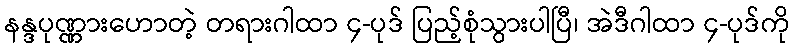
နန္ဒပုဏ္ဏားဟောတဲ့ တရားဂါထာ ၄-ပုဒ် ပြည့်စုံသွားပါပြီ၊ အဲဒီဂါထာ ၄-ပုဒ်ကို